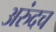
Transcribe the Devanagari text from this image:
अरुंदच